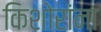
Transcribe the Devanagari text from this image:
किशोरांना